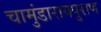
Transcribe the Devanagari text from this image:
चामुंडारायपुराण